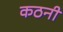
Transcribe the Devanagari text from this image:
कठनी